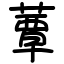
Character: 蕈